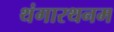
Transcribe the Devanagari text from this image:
थंगारथनम